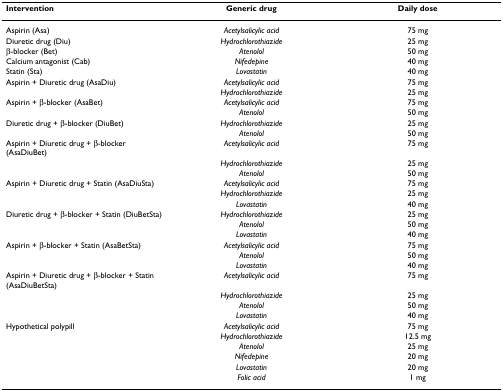
| Intervention | Generic drug | Daily dose |
 | --- | --- | --- |
 | Aspirin (Asa) | Acetylsalicylic acid | 75 mg |
 | Diuretic drug (Diu) | Hydrochlorothiazide | 25 mg |
 | β-blocker (Bet) | Atenolol | 50 mg |
 | Calcium antagonist (Cab) | Nifedepine | 40 mg |
 | Statin (Sta) | Lovastatin | 40 mg |
 | Aspirin + Diuretic drug (AsaDiu) | Acetylsalicylic acid | 75 mg |
 |  | Hydrochlorothiazide | 25 mg |
 | Aspirin + β-blocker (AsaBet) | Acetylsalicylic acid | 75 mg |
 |  | Atenolol | 50 mg |
 | Diuretic drug + β-blocker (DiuBet) | Hydrochlorothiazide | 25 mg |
 |  | Atenolol | 50 mg |
 | Aspirin + Diuretic drug + β-blocker (AsaDiuBet) | Acetylsalicylic acid | 75 mg |
 |  | Hydrochlorothiazide | 25 mg |
 |  | Atenolol | 50 mg |
 | Aspirin + Diuretic drug + Statin (AsaDiuSta) | Acetylsalicylic acid | 75 mg |
 |  | Hydrochlorothiazide | 25 mg |
 |  | Lovastatin | 40 mg |
 | Diuretic drug + β-blocker + Statin (DiuBetSta) | Hydrochlorothiazide | 25 mg |
 |  | Atenolol | 50 mg |
 |  | Lovastatin | 40 mg |
 | Aspirin + β-blocker + Statin (AsaBetSta) | Acetylsalicylic acid | 75 mg |
 |  | Atenolol | 50 mg |
 |  | Lovastatin | 40 mg |
 | Aspirin + Diuretic drug + β-blocker + Statin (AsaDiuBetSta) | Acetylsalicylic acid | 75 mg |
 |  | Hydrochlorothiazide | 25 mg |
 |  | Atenolol | 50 mg |
 |  | Lovastatin | 40 mg |
 | Hypothetical polypill | Acetylsalicylic acid | 75 mg |
 |  | Hydrochlorothiazide | 12.5 mg |
 |  | Atenolol | 25 mg |
 |  | Nifedepine | 20 mg |
 |  | Lovastatin | 20 mg |
 |  | Folic acid | 1 mg |